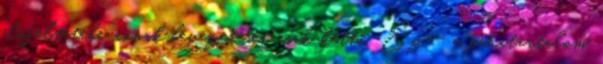
előfeltétele annak bevezetését csak kettő. Ez - a páratartalom